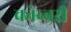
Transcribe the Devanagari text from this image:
कोब्बरी